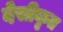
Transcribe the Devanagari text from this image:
देसीकृत